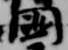
国